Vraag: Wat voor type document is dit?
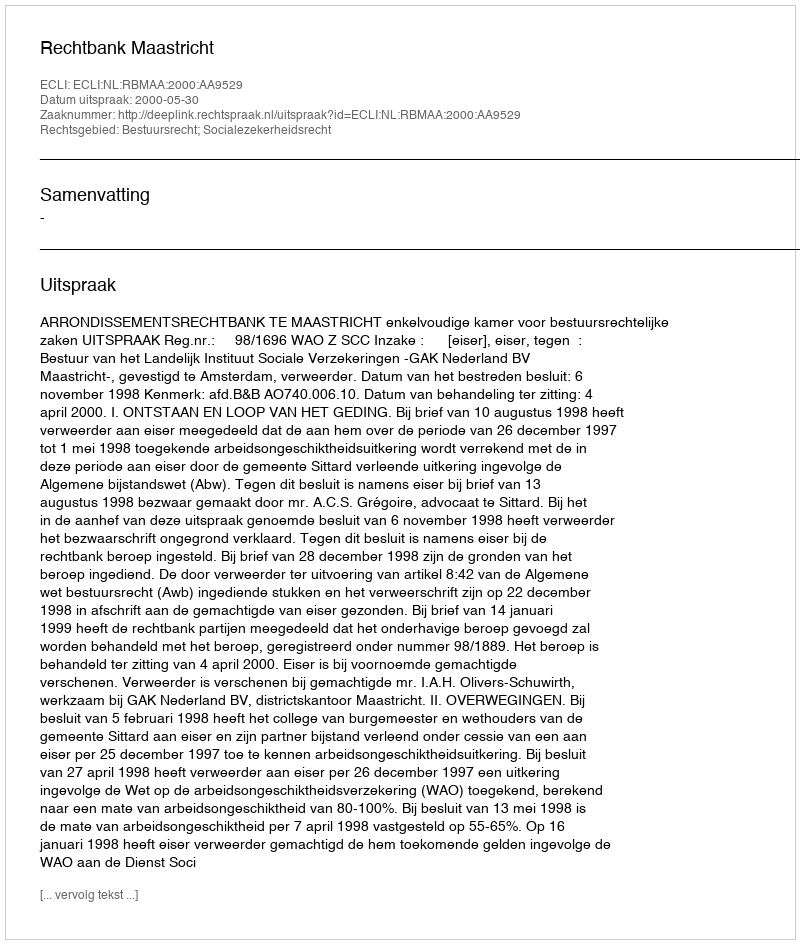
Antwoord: Uitspraak